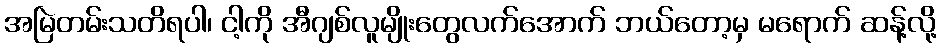
အမြဲတမ်းသတိရပါ၊ ငါ့ကို အီဂျစ်လူမျိုးတွေလက်အောက် ဘယ်တော့မှ မရောက် ဆန့်လို့